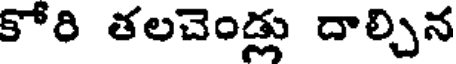
కోరి తలచెండ్లు దాల్చిన